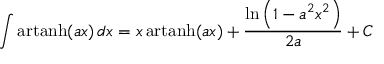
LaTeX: \int \operatorname { a r t a n h } ( a x ) \, d x = x \operatorname { a r t a n h } ( a x ) + { \frac { \ln \left( 1 - a ^ { 2 } x ^ { 2 } \right) } { 2 a } } + C